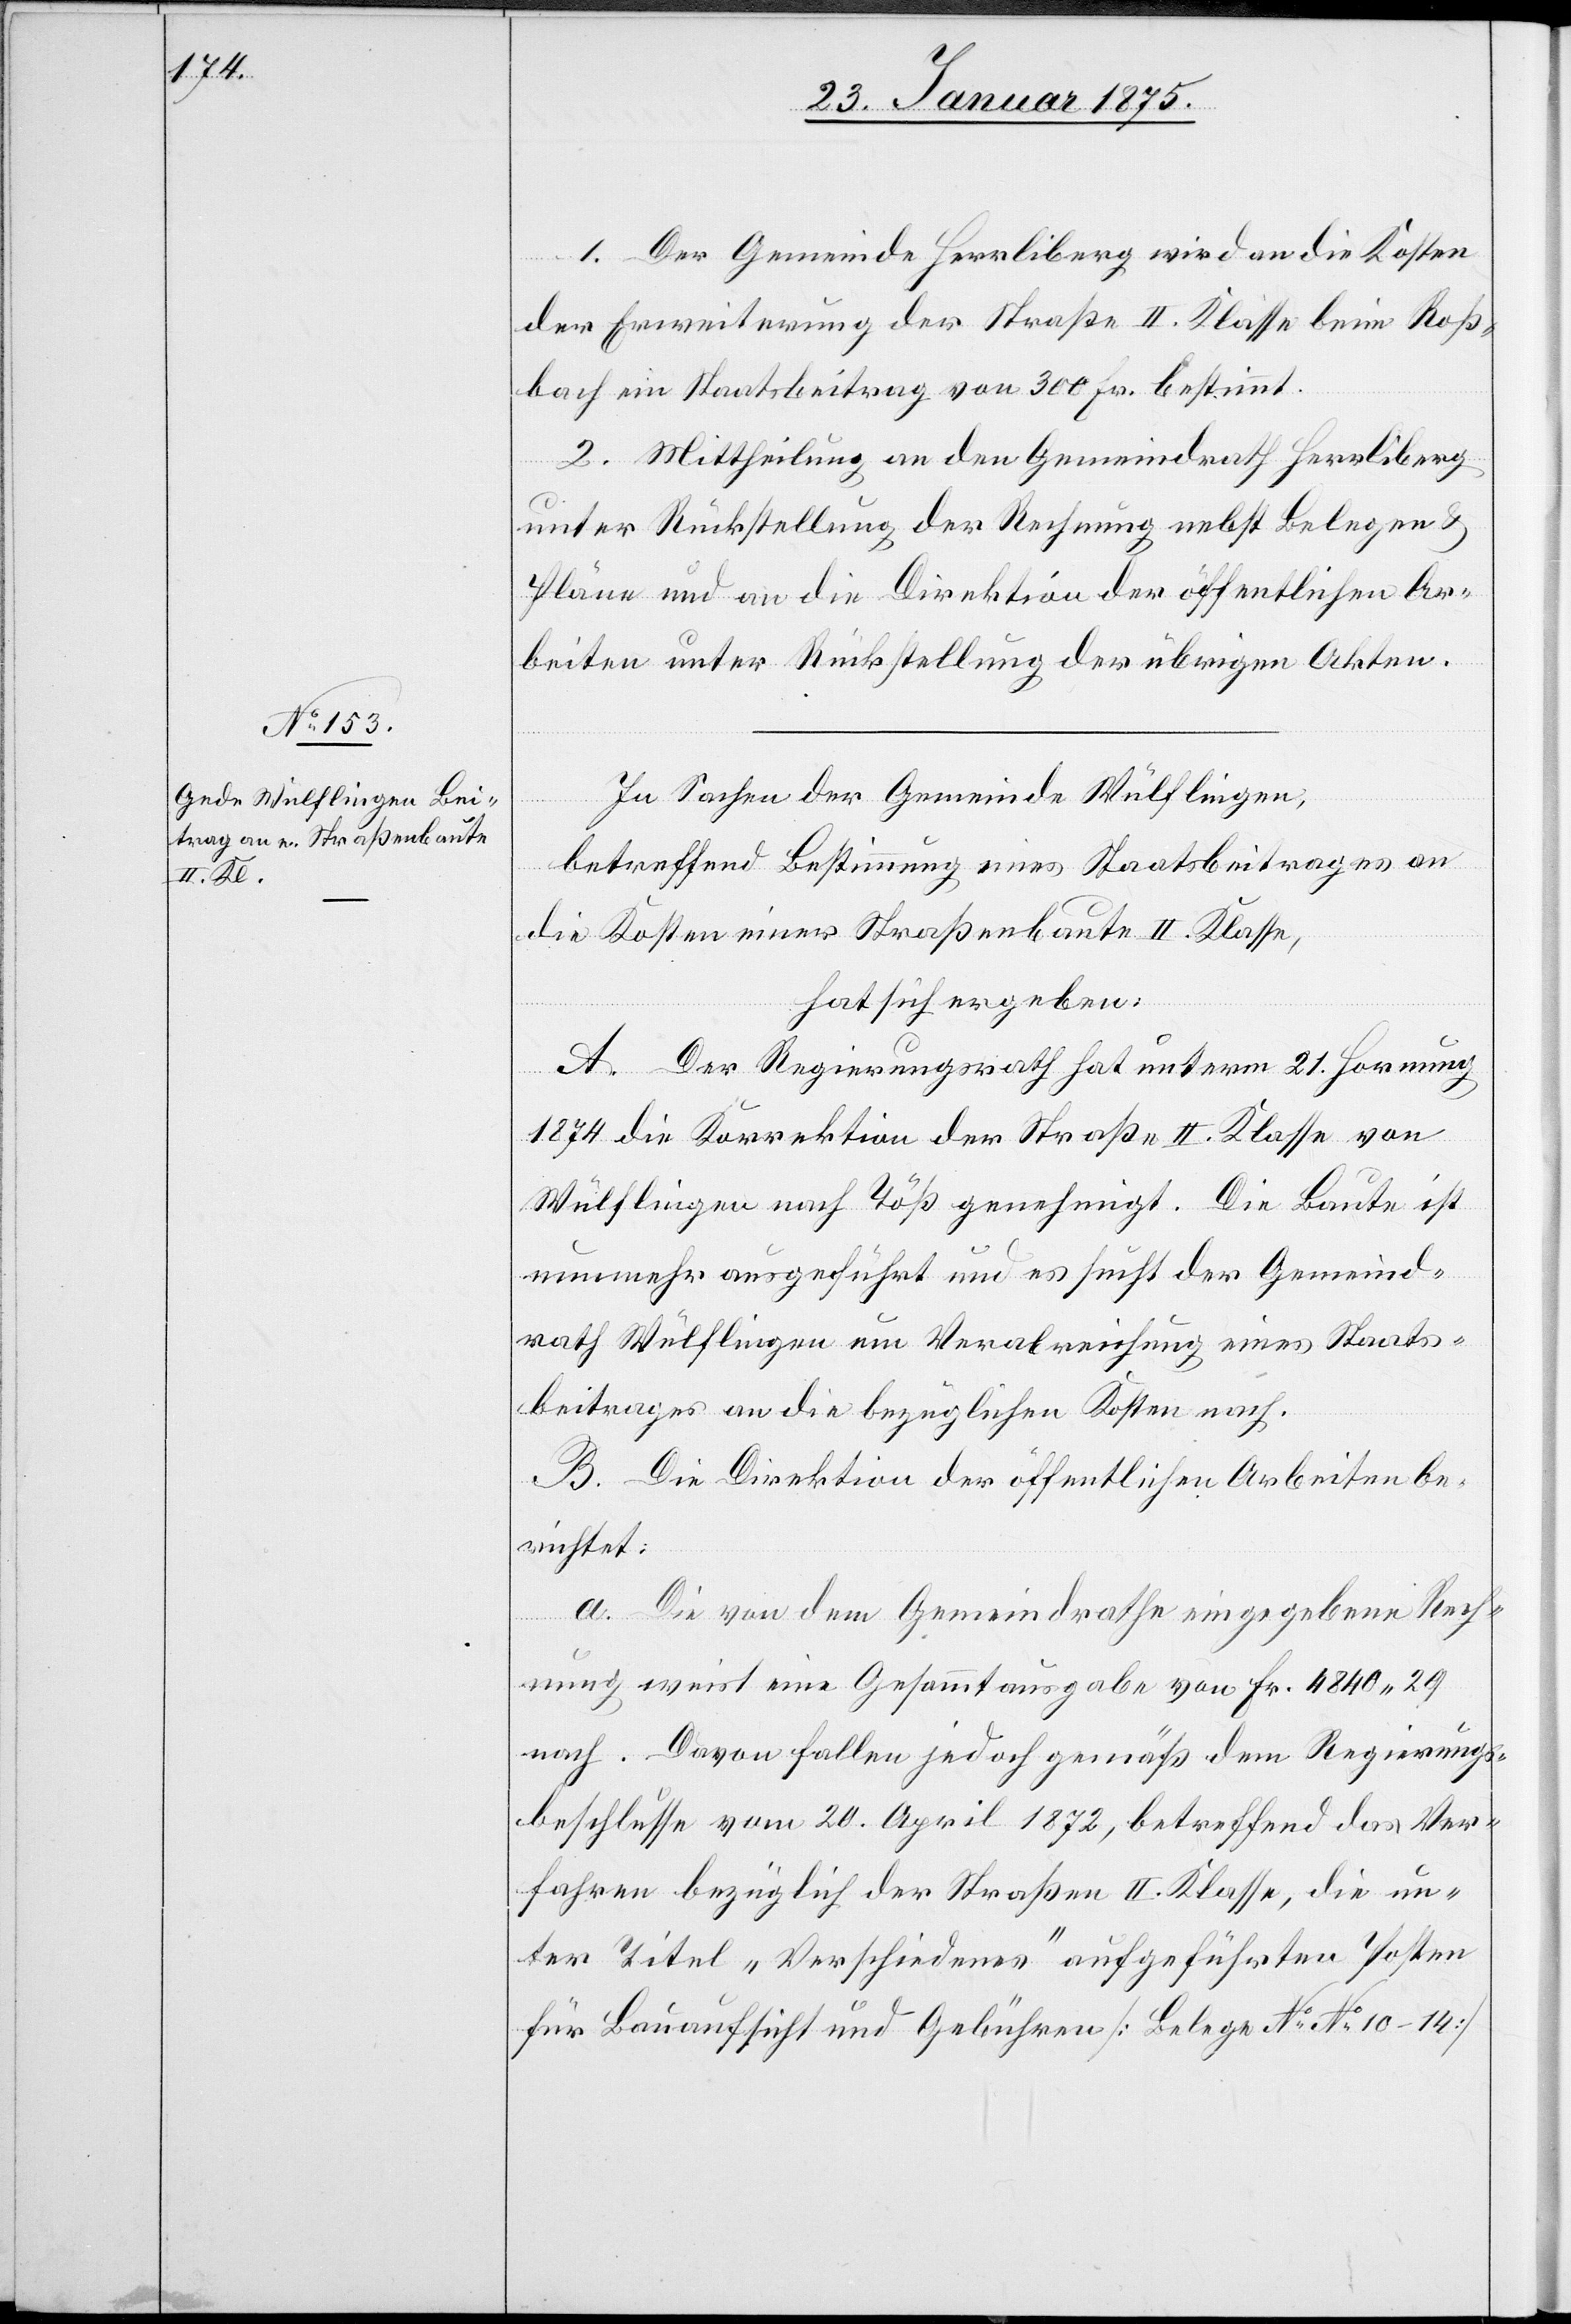
1. Der Gemeinde Herrliberg wird an die Kosten
der Erweiterung der Straße II. Klasse beim Roß¬
bach ein Staatsbeitrag von 300 Fr. bestimmt.
2. Mittheilung an den Gemeindrath Herrliberg
unter Rückstellung der Rechnung nebst Belegen &
Pläne und an die Direktion der öffentlichen Ar¬
beiten unter Rückstellung der übrigen Akten.
In Sachen der Gemeinde Wülflingen,
betreffend Bestimmung eines Staatsbeitrages an
die Kosten einer Straßenbaute II. Klasse,
hat sich ergeben:
A. Der Regierungsrath hat unterm 21. Hornung
1874 die Korrektion der Straße II. Klasse von
Wülflingen nach Töß genehmigt. Die Baute ist
nunmehr ausgeführt und es sucht der Gemeind¬
rath Wülflingen um Verabreichung eines Staats¬
beitrages an die bezüglichen Kosten nach.
B. Die Direktion der öffentlichen Arbeiten be¬
richtet:
a. Die von dem Gemeindrathe eingegebene Rech¬
nung weist eine Gesammtausgabe von Fr. 4840. 29
nach. Davon fallen jedoch gemäß dem Regierungs¬
beschlusse vom 20. April 1872, betreffend das Ver¬
fahren bezüglich der Straßen II. Klasse, die un¬
ter Titel „Verschiedenes“ aufgeführten Posten
für Bauaufsicht und Gebühren (Belege No No 10–14)